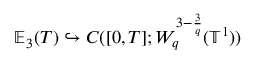
\mathbb { E } _ { 3 } ( T ) \hookrightarrow C ( [ 0 , T ] ; W _ { q } ^ { 3 - \frac 3 q } ( \ensuremath { \mathbb { T } } ^ { 1 } ) )